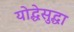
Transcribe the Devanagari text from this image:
योद्धेसुद्धा